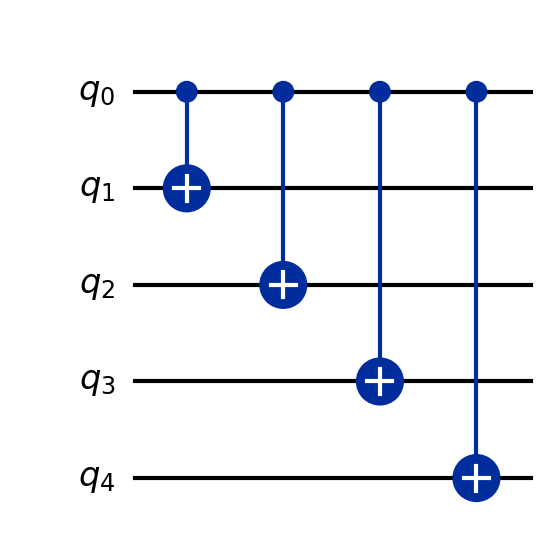
Description: 5-qubit repetition code
描述: 5量子比特重复码
Category: error_correction (difficulty: advanced)
Qubits: 5, circuit depth: 4

Braket implementation:
from braket.circuits import Circuit
circuit = Circuit()
circuit.cnot(0, 1).cnot(0, 2).cnot(0, 3).cnot(0, 4)

Qiskit implementation:
from qiskit import QuantumCircuit
circuit = QuantumCircuit(5)
circuit.cx(0, 1).cx(0, 2).cx(0, 3).cx(0, 4)